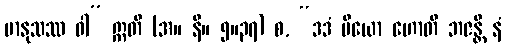
မာနုသဿ ဝါ” ဣတိ (အ။ နိ။ ၅။၃၇) စ, “ဒဒံ ပိယော ဟောတိ ဘဇန္တိ နံ